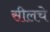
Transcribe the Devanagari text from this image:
सीलचे